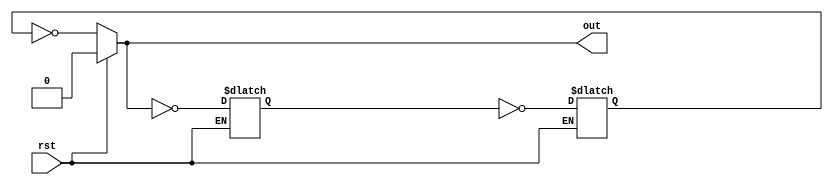
`timescale 1ns/1ns

module ring_oscillator#(parameter number_of_inverters = 3, parameter delay = 10) (input rst, output out);
        
        reg w[0:number_of_inverters - 1];
        integer i;
        always @* begin
            if(rst)
                w[0] = 1'b0;
            else 
            begin 
                for (i = 0; i < number_of_inverters ; i = i + 1)
                    #delay w[(i + 1) % number_of_inverters] <= ~w[i];
            end
        end
        assign out = w[0];
endmodule

module ring_oscill_tb();
    wire out;
    reg rst;
    ring_oscillator #(.number_of_inverters(3), .delay(10)) ring (rst, out);
    
    initial begin
      rst = 1'b1; #50;
      rst = 1'b0; #10000;
      $stop;
    end
endmodule